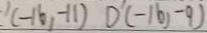
( - 1 6 , - 1 1 ) D ^ { \prime } ( - 1 6 , - 9 )